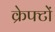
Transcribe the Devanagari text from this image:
क्रेफ्टों